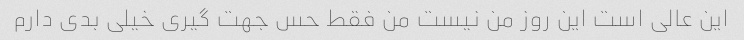
این عالی است این روز من نیست من فقط حس جهت گیری خیلی بدی دارم